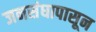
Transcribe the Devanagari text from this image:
जनसंघापासून